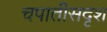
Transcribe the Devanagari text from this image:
चपातीसदृश